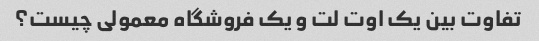
تفاوت بین یک اوت لت و یک فروشگاه معمولی چیست؟